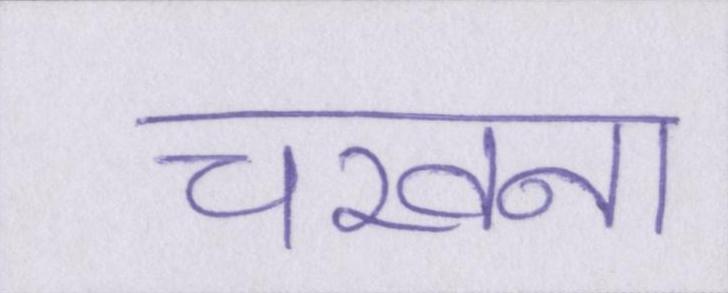
चखना